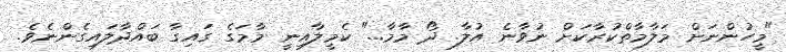
"މީހުންނަށް މަލާމާތްކުރާކަށް ނުވާނެ އުލާ. ދޯ މާމާ..." ކެމީލާއިނީ މާމަގެ ގައިގާ ބައްދާލައިގެންނެވެ.